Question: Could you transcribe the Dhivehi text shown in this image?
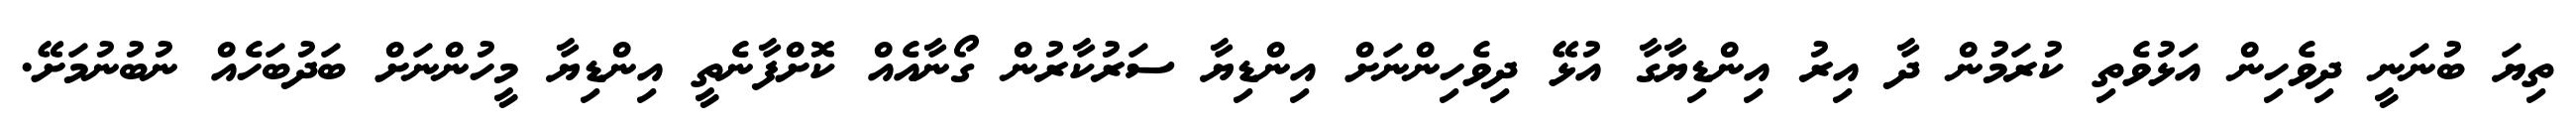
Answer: ތިޔަ ބުނަނީ ދިވެހިން އަޅުވެތި ކުރަމުން ދާ އިރު އިންޑިޔާގާ އުޅޭ ދިވެހިންނަށް އިންޑިޔާ ސަރުކާރުން ގޯނާއެއް ކޮށްފާނެތީ އިންޑިޔާ މީހުންނަށް ބަދުބަހެއް ނުބުނުމަށޭ.